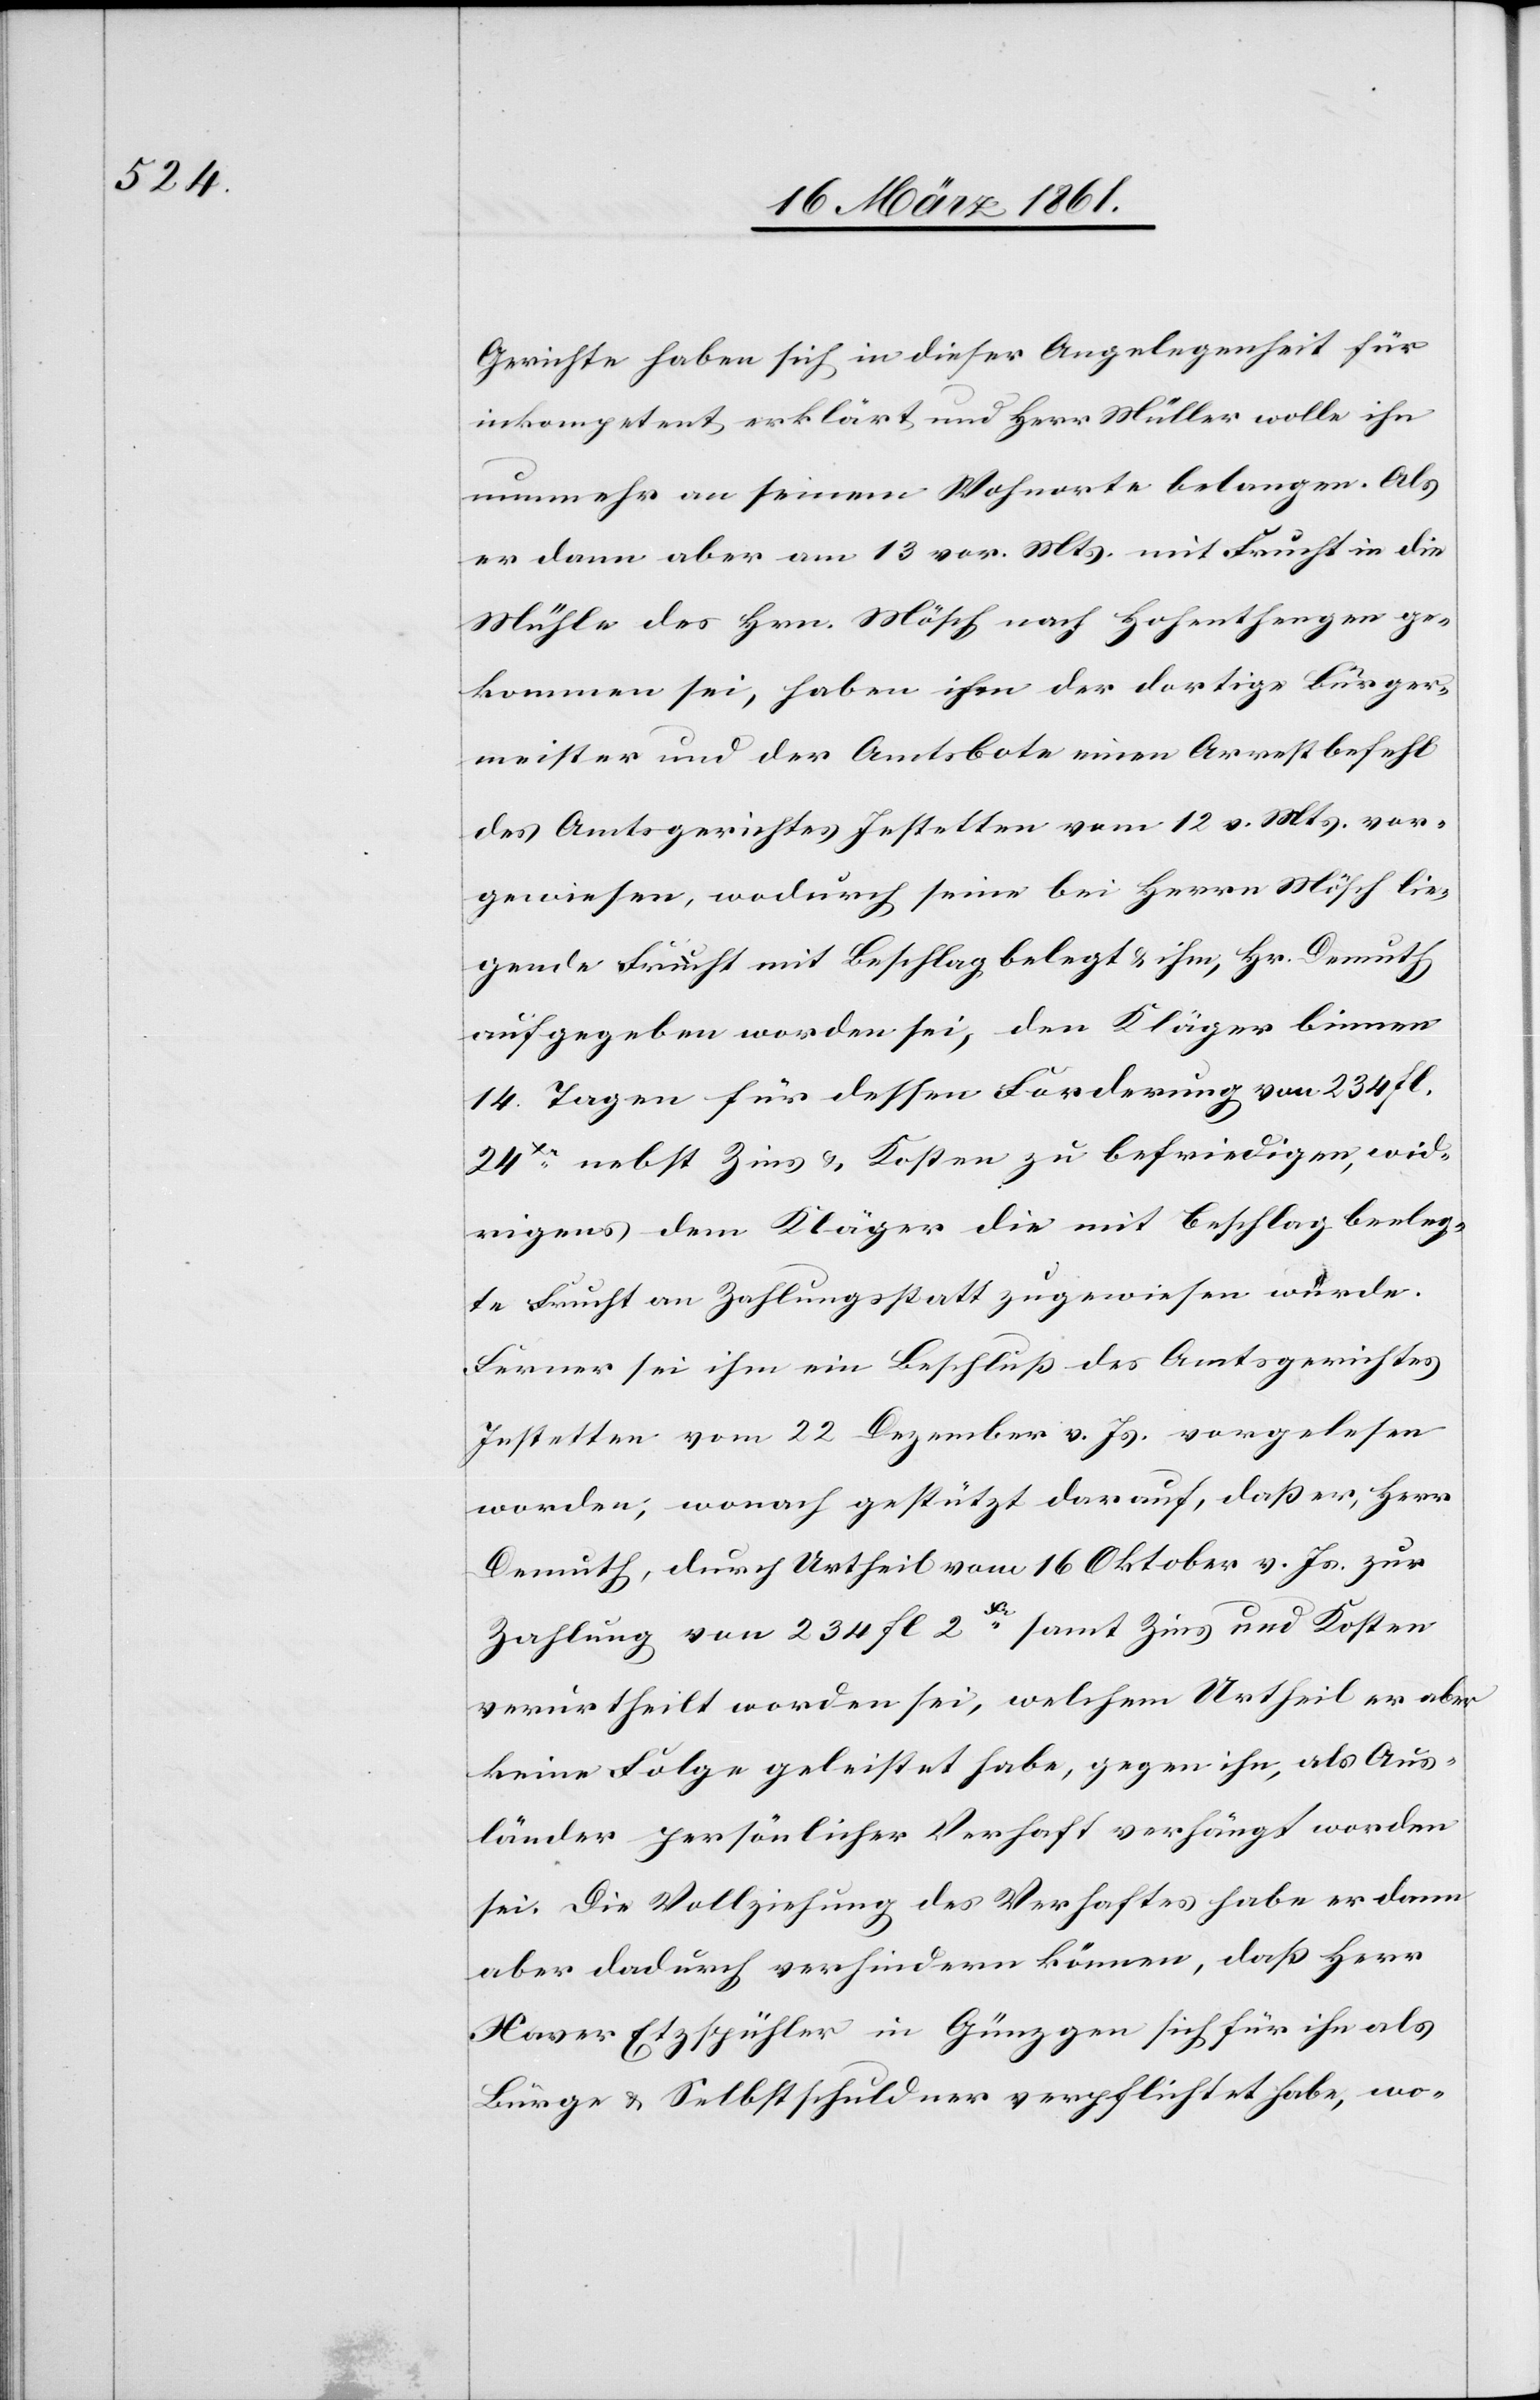
Gerichte haben sich in dieser Angelegenheit für
inkompetent erklärt und Herr Müller wolle ihn
nunmehr an seinem Wohnorte belangen. Als
er dann aber am 13. vor. Mts. mit Frucht in die
Mühle des Hrn. Mösch nach Hohenthengen ge¬
kommen sei, haben ihm der dortige Bürger¬
meister und der Amtsbote einen Arrestbefehl
des Amtsgerichtes Jestetten vom 12. v. Mts. vor¬
gewiesen, wodurch seine bei Herrn Mösch lie¬
gende Frucht mit Beschlag belegt u. ihm, Hr. Demuth
aufgegeben worden sei, den Kläger binnen
14. Tagen für dessen Forderung von 234 fl.
24Xr nebst Zins u. Kosten zu befriedigen, wid¬
rigens dem Kläger die mit Beschlag beelegte
Frucht an Zahlungsstatt zugewiesen würde.
Ferner sei ihm ein Beschluß des Amtsgerichtes
Jestetten vom 22. Dezember v. Js. vorgelesen
worden, wonach gestützt darauf, daß er, Herr
Demuth, durch Urtheil vom 16. Oktober v. Js. zur
Zahlung von 234 fl. 2Xr samt Zins und Kosten
verurtheilt worden sei, welchem Urtheil er aber
keine Folge geleistet habe, gegen ihn, als Aus¬
länder persönlicher Verhaft verhängt worden
sei. Die Vollziehung des Verhaftes habe er dann
aber dadurch verhindern können, daß Herr
Xaver Etzspühler in Günzgen sich für ihn als
Bürge u. Selbstschuldner verpflichtet habe, wo-